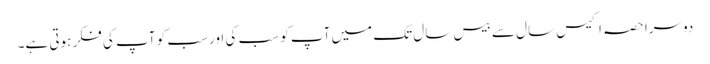
دوسرا حصہ اکیس سال سے بیس سال تک میں آپ کو سب کی اور سب کو آپ کی فکر ہوتی ہے۔